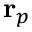
\mathbf { r } _ { p }